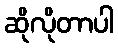
ဆိုလိုတာပါ